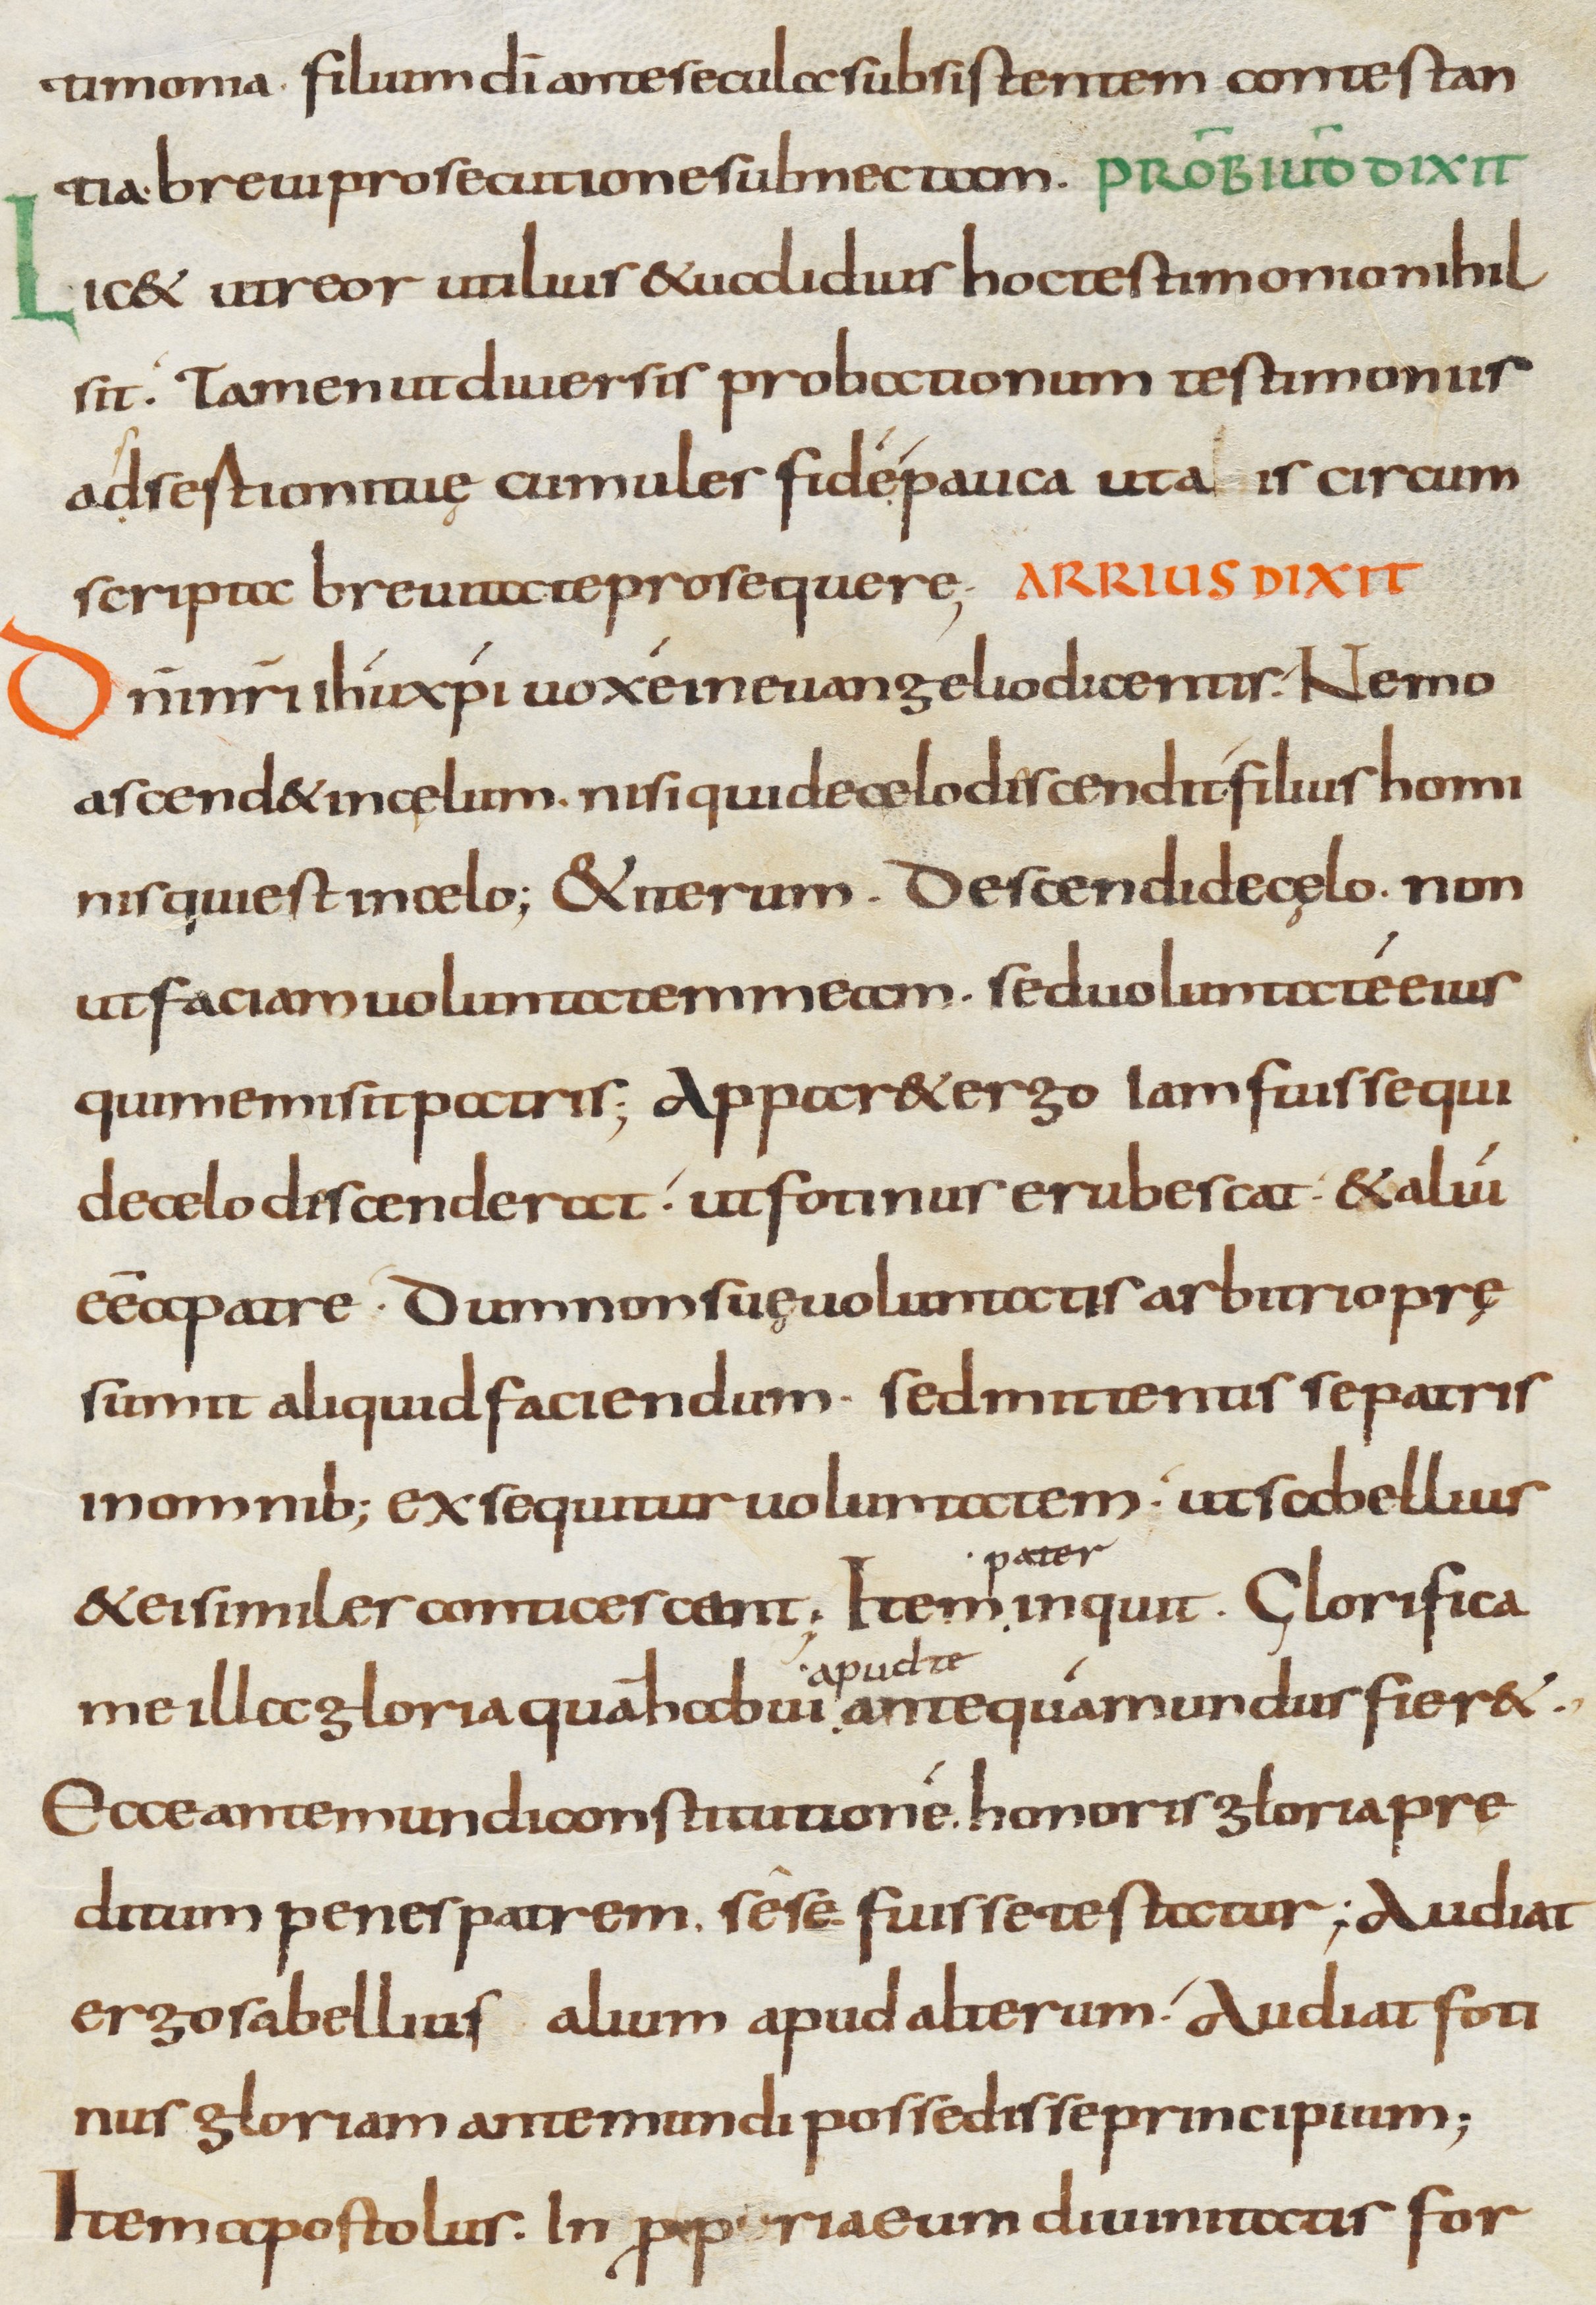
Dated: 800–899